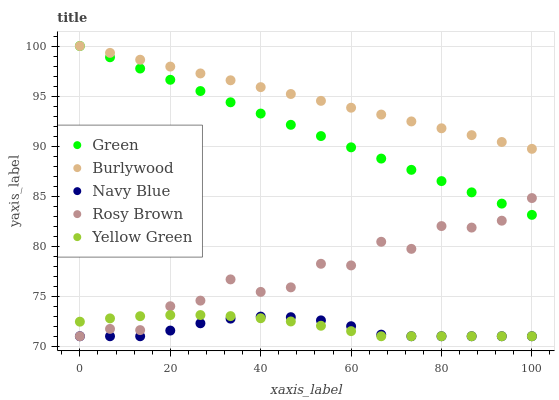
| xaxis_label | Green | Burlywood | Navy Blue | Rosy Brown | Yellow Green |
 | --- | --- | --- | --- | --- | --- |
 | 0 | 100 | 100 | 71 | 71 | 72.5 |
 | 6.67 | 98.9 | 99.3 | 71 | 71.7 | 72.8 |
 | 13.3 | 97.8 | 98.6 | 71 | 71.6 | 73 |
 | 20 | 96.6 | 97.9 | 71.6 | 74 | 73.1 |
 | 26.7 | 95.5 | 97.3 | 72.3 | 74.6 | 73.1 |
 | 33.3 | 94.4 | 96.6 | 72.8 | 76.7 | 73 |
 | 40 | 93.3 | 95.9 | 73 | 75.4 | 72.8 |
 | 46.7 | 92.1 | 95.2 | 72.9 | 75.9 | 72.5 |
 | 53.3 | 91 | 94.5 | 72.6 | 78.2 | 72 |
 | 60 | 89.9 | 93.8 | 72 | 78.1 | 71.5 |
 | 66.7 | 88.8 | 93.2 | 71.2 | 80.4 | 71 |
 | 73.3 | 87.6 | 92.5 | 71 | 79.7 | 71 |
 | 80 | 86.5 | 91.8 | 71 | 82 | 71 |
 | 86.7 | 85.4 | 91.1 | 71 | 81.9 | 71 |
 | 93.3 | 84.3 | 90.4 | 71 | 82.5 | 71 |
 | 100 | 83.1 | 89.7 | 71 | 84.8 | 71 |